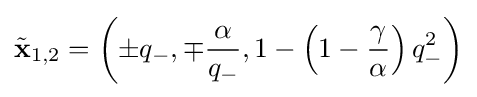
{\tilde {\mathbf {x} }}_{1,2}=\left(\pm q_{-},\mp {\frac {\alpha }{q_{-}}},1-\left(1-{\frac {\gamma }{\alpha }}\right)q_{-}^{2}\right)